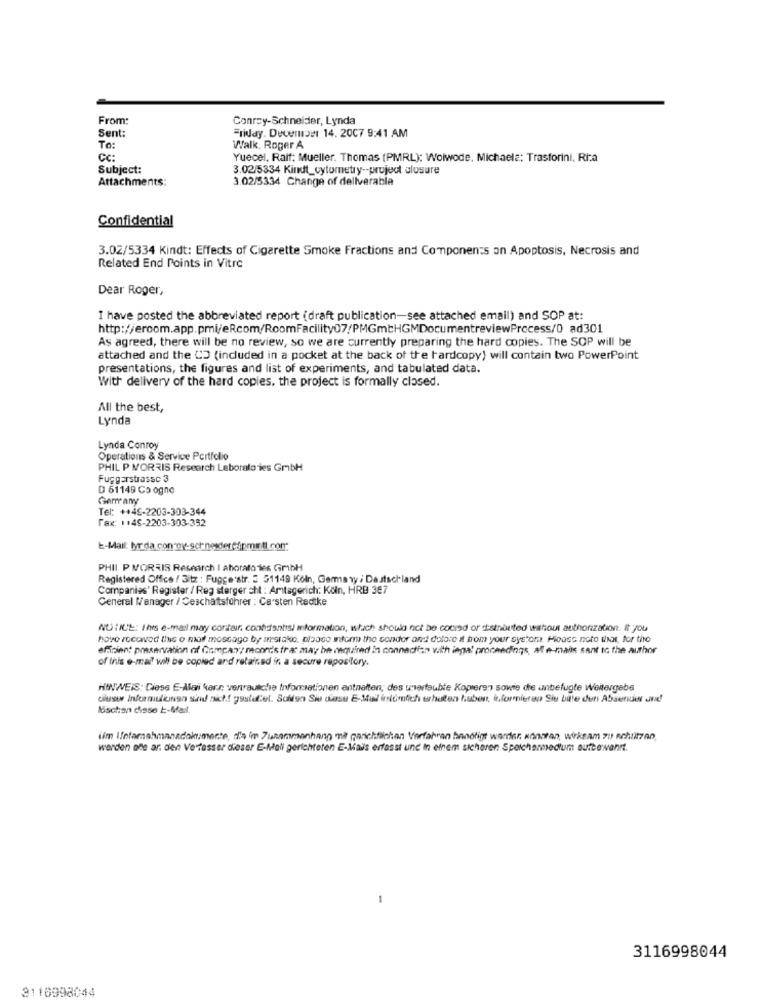
From:
Conroy-Schneider, Lynda
Sent:
Friday. December 14. 2007 9:41 AM
To:
Walk. Roger A
CC:
Yuecel. Raif; Mueller. Thomas (PMRL): Woiwode. Michaela: Trasforini, Rita
Subject:
3.02/5334 Kindt_cytometry -- project closure
Attachments:
3.02/5334 Change of deliverable
Confidential
3.02/5334 Kindt: Effects of Cigarette Smoke Fractions and Components on Apoptosis, Necrosis and
Related End Points in Vitro
Dear Roger,
I have posted the abbreviated report (draft publication-see attached email) and SOP at:
http://eroom.app.pmi/eRcom/RoomFacility07/PMGmtHGMDocumentreviewProcess/0_ad301
As agreed, there will be no review, so we are currently preparing the hard copies. The SOP will be
attached and the CD (included in a pocket at the back of the hardcopy) will contain two PowerPoint
presentations, the figures and list of experiments, and tabulated data.
With delivery of the hard copies. the project is formally closed.
All the best,
Lynda
Lynda Conroy
Operations & Service Portfolio
PHIL P MORRIS Research Laboratories GmbH
Fuggerstrasse 3
D 61149 Co ogne
Germany
Tel: ++45-2203-303-344
Fax: 1146-2203-303-352
PHII P MORTIS Research I Ahorato Tes GMbH
Registered Office / 3itz : Fugge str. 3 51149 Köln, Gemma wy / Deutschland
Companies' Register / Reg sterger sht : Amtagerich: Köln, HRB 367
General Manager / Geschäftsführer : Carsten Radike
NO :ICE: Ins e-mail may contain, contantisi mformation, which should not be coord or distributed without authorization. It you
hove roccaved this o mail moscago by anstake, please inform the condor and dolore it from your systone Please note that, for the
efficient preservation of Company moord's frat may be required in connection with legal proceedings, af e-mails sant ic the author
of this e-mail will be copied and retained in a secure repository.
HINWEIS: Diese E-Alai kars. vertrauliche Informationen antnaften; des untertaubte Kopieren sowie die unbefugte Weitergabe
Just Informulionsen sind nicht gastelel. Sollen Sie diese E-Mail irrtümlich erhalten haben, iformieren Sie bitte den Absender and
löschen chisse E-Mail.
im Intamahmanadokumente, da im Zusammenhang mit garichfachen Verfahren benötigt werder. könaran, wirksam zu schultzno,
werden ofe ar. den Verfasser dieser E-Mall gerichteten E-Mais erfasst und In einem sicheren Speichenmedium aufbewahrt.
3116998044
3110998044